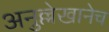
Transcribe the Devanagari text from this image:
अनुल्लेखानेच